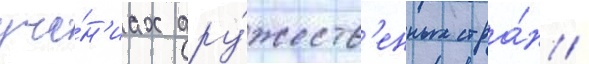
уче́н'иах дру́жеств'енных стра́н /